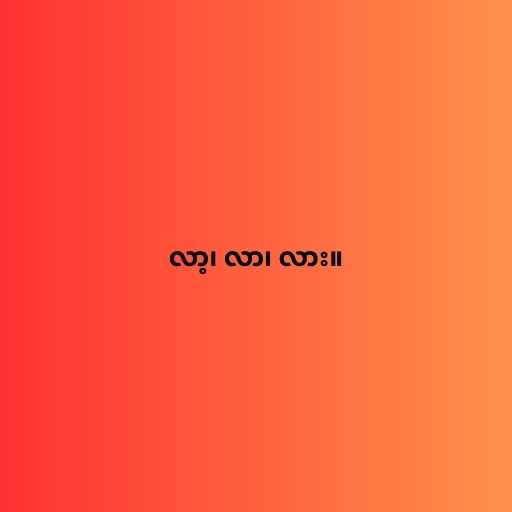
လာ့၊ လာ၊ လား။